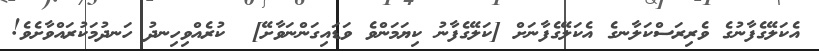
އެކަލޭގެފާނުގެ ވެރިރަސްކަލާނގެ އެކަލޭގެފާނަށް [ކަލޭގެފާނު ކިޔަމަންވެ ވަޑައިގަންނަވާށޭ]  ކުރެއްވިހިނދު ހަނދުމަކުރައްވާށެވެ!